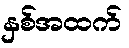
နှစ်အထက်